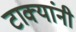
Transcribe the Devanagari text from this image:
टाक्यांनी